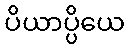
ပိယာပ္ပိယေ